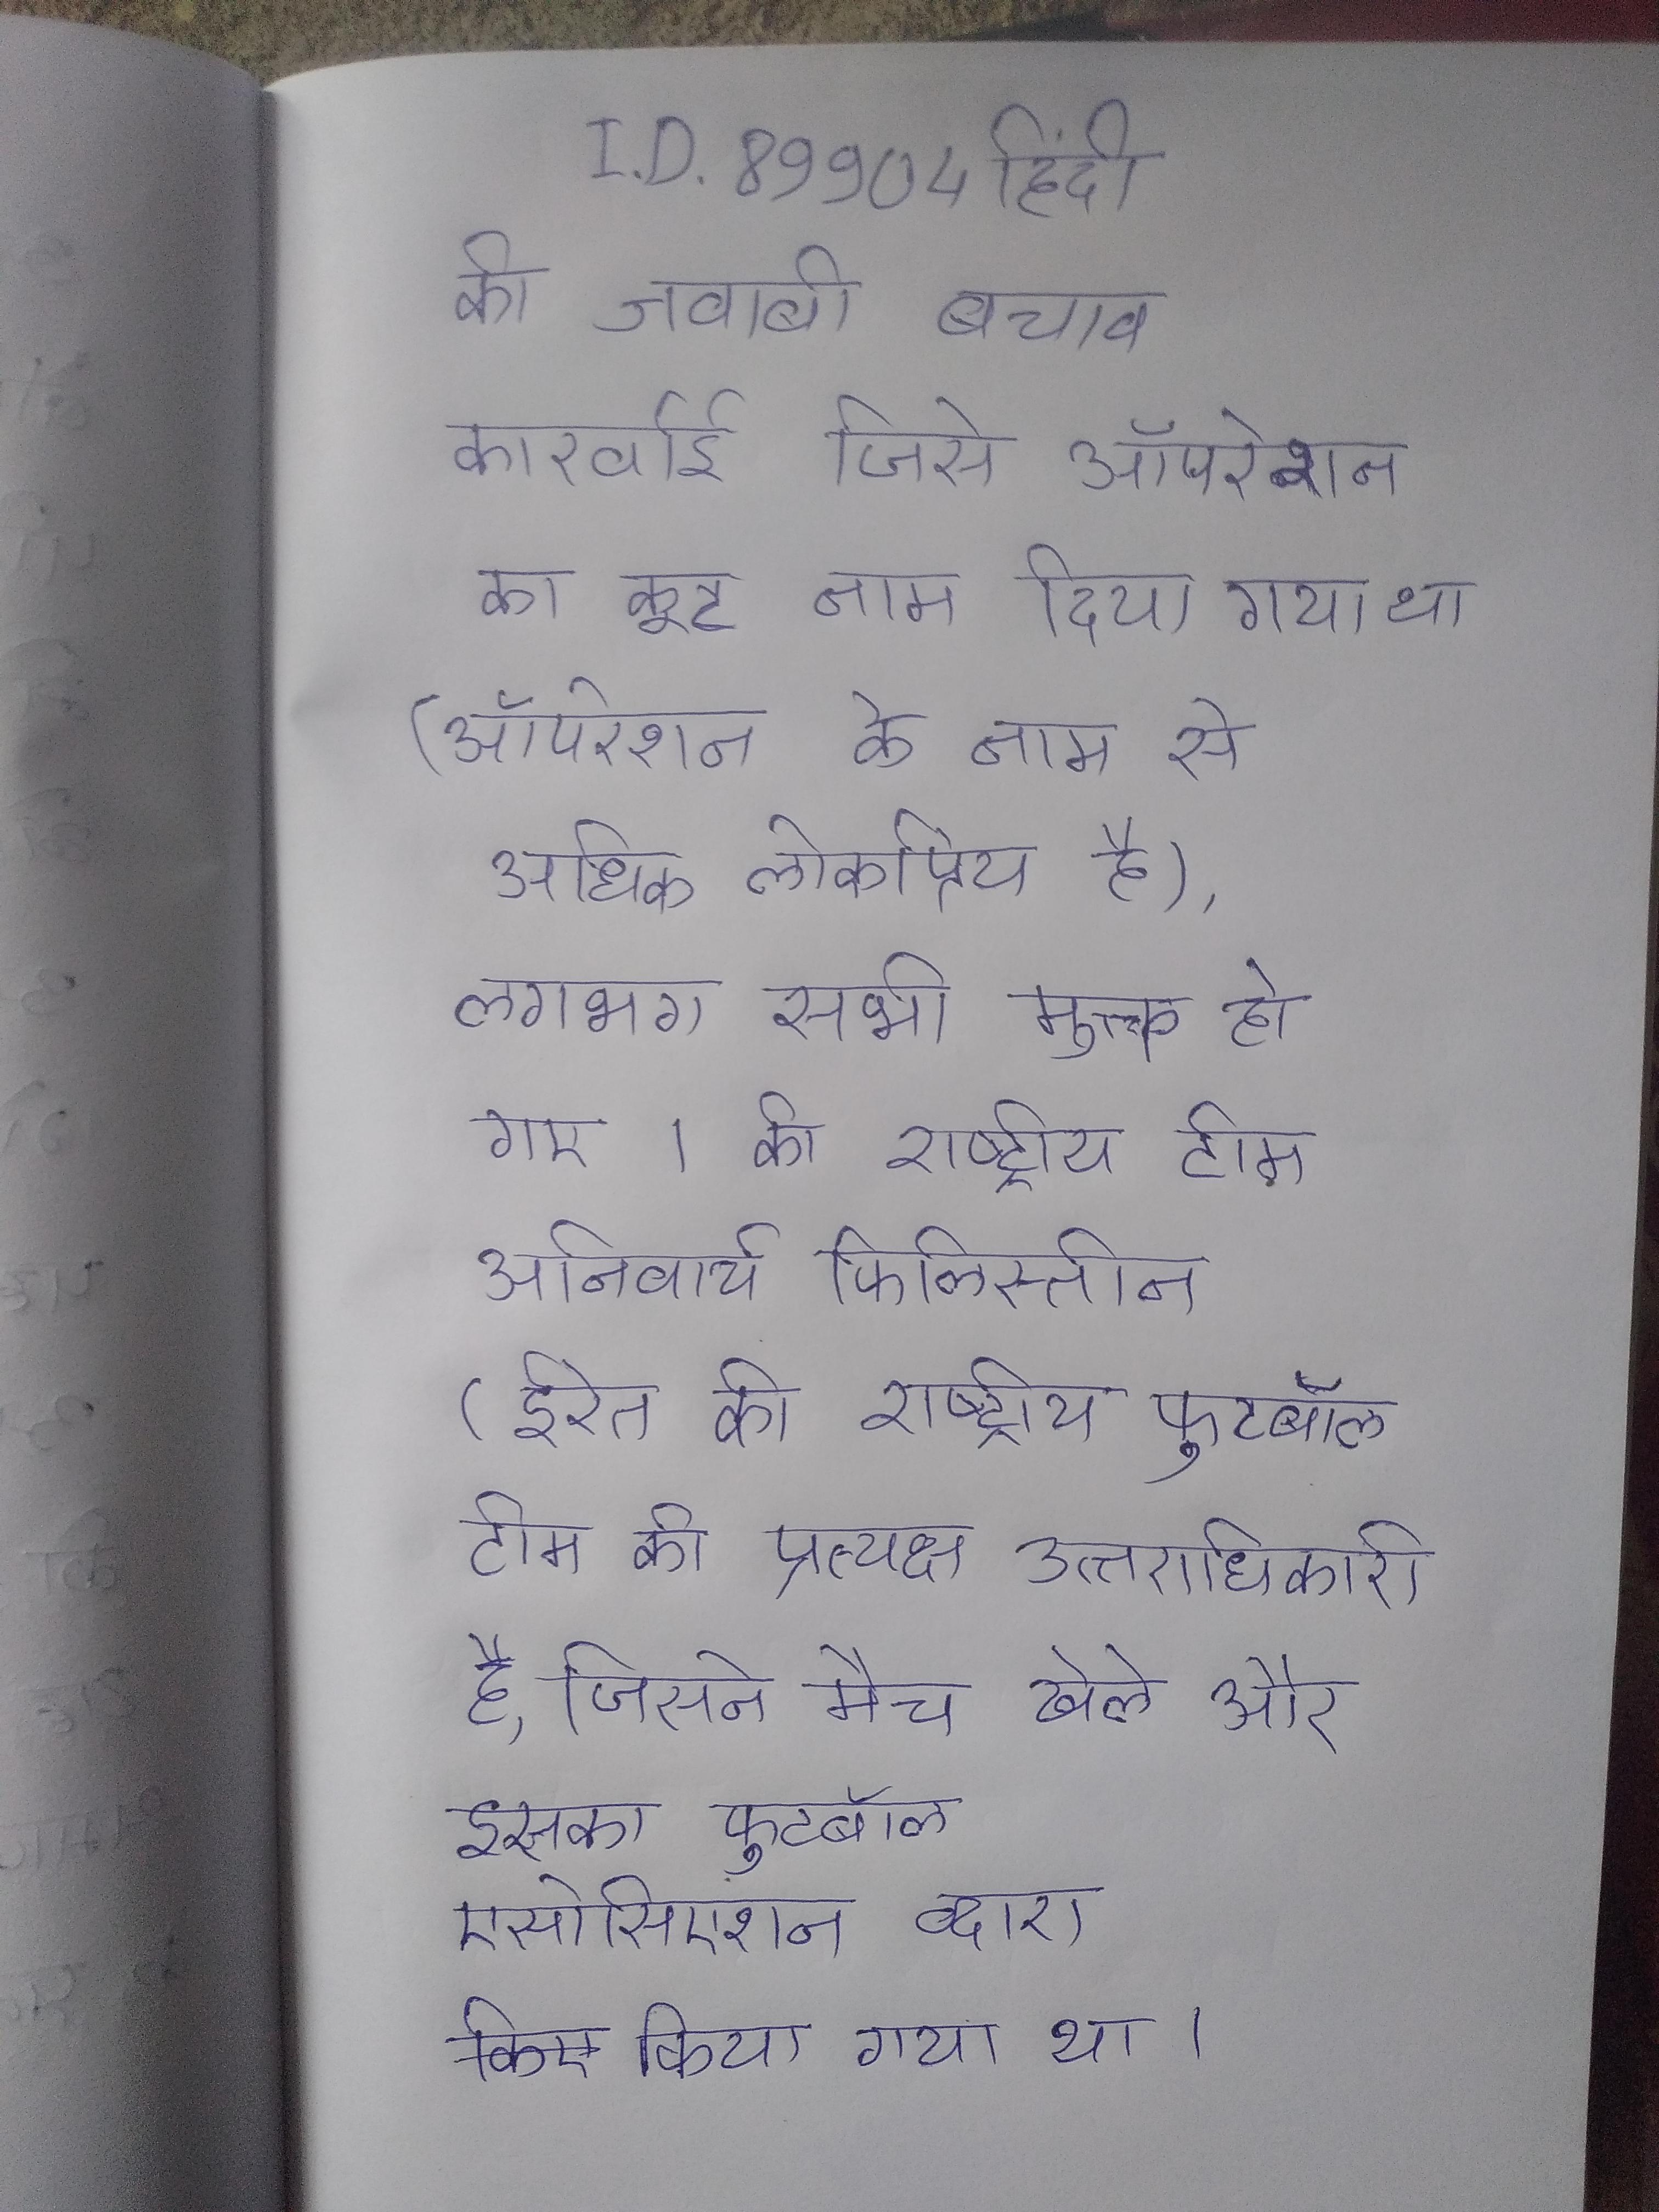
की जवाबी बचाव कारर्वाई जिसे ऑपरेशन का कूट नाम दिया गया था (ऑपरेशन के नाम से अधिक लोकप्रिय है), लगभग सभी मुक्त हो गए । की राष्ट्रीय टीम अनिवार्य फिलिस्तीन (ईरेत की राष्ट्रीय फुटबॉल टीम की प्रत्यक्ष उत्तराधिकारी है, जिसने मैच खेले और इसका फुटबॉल एसोसिएशन द्वारा किया गया था ।